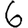
Digit: 6